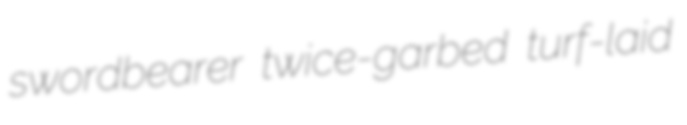
swordbearer twice-garbed turf-laid